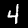
Digit: 4